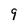
Character: 9